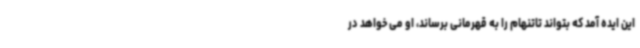
این ایده آمد که بتواند تاتنهام را به قهرمانی برساند، او می خواهد در